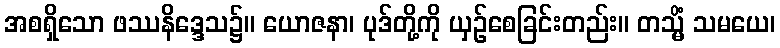
အစရှိသော ဖဿနိဒ္ဒေသ၌။ ယောဇနာ၊ ပုဒ်တို့ကို ယှဉ်စေခြင်းတည်း။ တသ္မိံ သမယေ၊